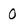
Character: 0